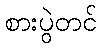
စားပွဲတင်